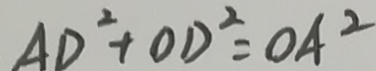
A D ^ { 2 } + O D ^ { 2 } = O A ^ { 2 }